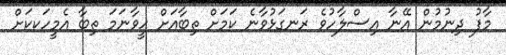
މާފު ދިނުމުން އޭނާ އިސްލާހުވެ ރަނގަޅުވާނެ ކަމަށް ތިބާއަށް ހީވާނަމަ ތިބާ އެމީހަކކަށް